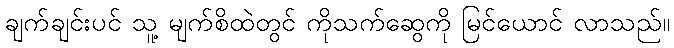
ချက်ချင်းပင် သူ့ မျက်စိထဲတွင် ကိုသက်ဆွေကို မြင်ယောင် လာသည်။